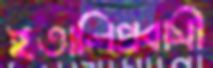
ইতালিপ্রবাসী